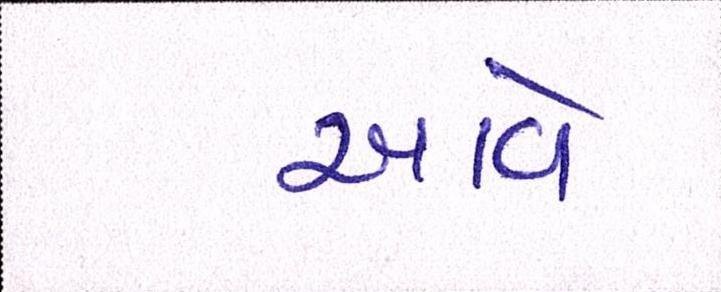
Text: આવેઃ